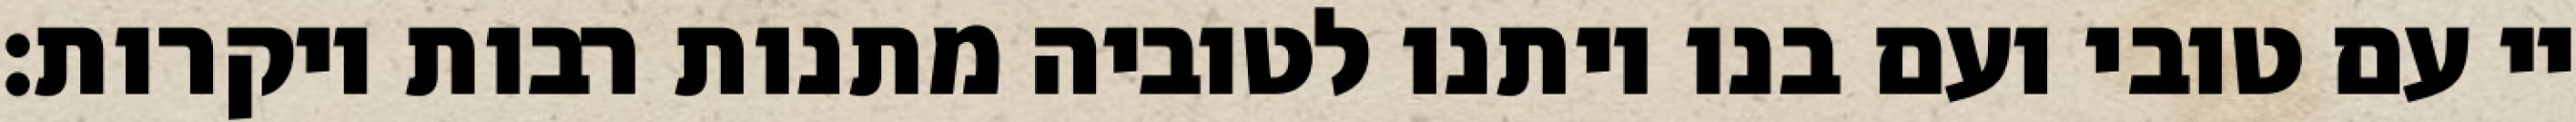
יי עם טובי ועם בנו ויתנו לטוביה מתנות רבות ויקרות: